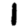
Digit: 1